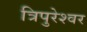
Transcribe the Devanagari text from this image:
त्रिपुरेश्वर